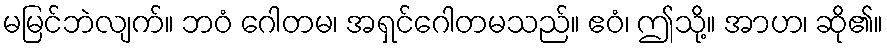
မမြင်ဘဲလျက်။ ဘဝံ ဂေါတမ၊ အရှင်ဂေါတမသည်။ ဧဝံ၊ ဤသို့။ အာဟ၊ ဆို၏။